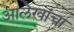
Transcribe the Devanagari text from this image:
आलेखांचा